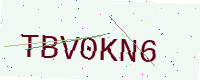
Text: TBV0KN6